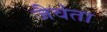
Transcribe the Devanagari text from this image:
जैवंता